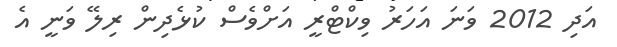
އަދި 2012 ވަނަ އަހަރު ވިކްޓްރީ އަށްވެސް ކުޅެދިން ރިލޭ ވަނީ އެ